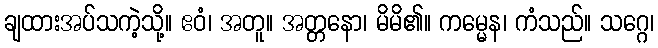
ချထားအပ်သကဲ့သို့။ ဧဝံ၊ အတူ။ အတ္တနော၊ မိမိ၏။ ကမ္မေန၊ ကံသည်။ သဂ္ဂေ၊